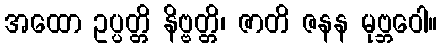
အထော ဥပ္ပတ္တိ နိဗ္ဗတ္တိ၊ ဇာတိ ဇနန မုဗ္ဘဝေါ။